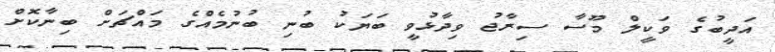
އަދީބުގެ ވަކީލް މޫސާ ސިރާޖު ވިދާޅުވީ ބަޔަކު ބުނި ބުނުމެއްގެ މައްޗަށް ބިނާކޮށް